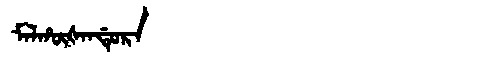
Manchu: ᠮᠠᠯᡥᡡᡧᠠᠨᡩᡠᡵᠠ
Romanization: MALHŪŠANDURA